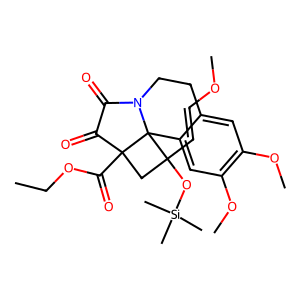
SMILES: CCOC(=O)C12CC(C=COC)(O[Si](C)(C)C)C13c1cc(OC)c(OC)cc1CCN3C(=O)C2=O
Inhibits HIV replication: No